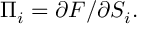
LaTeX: \Pi _ { i } = \partial { \cal F } / \partial S _ { i } .